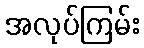
အလုပ်ကြမ်း